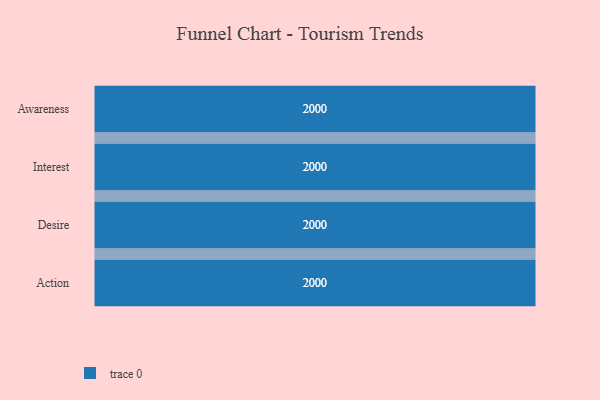
{"axis": {"x": "Stage", "y": "Value"}, "legend": [""], "data": [{"x": "Awareness", "y": 2000, "type": ""}, {"x": "Interest", "y": 2000, "type": ""}, {"x": "Desire", "y": 2000, "type": ""}, {"x": "Action", "y": 2000, "type": ""}]}